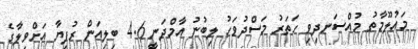
މައުލޫމާތު މުއްސަނދިވި ހަތަރު މަސްދުވަހު ލިބުނު އާމްދަނީ 4.6 ބިލިއަން ރުފިޔާ އަށްވިލާގެ